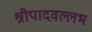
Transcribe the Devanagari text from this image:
श्रीपादवल्लभ